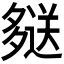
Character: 𫯖